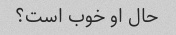
حال او خوب است؟